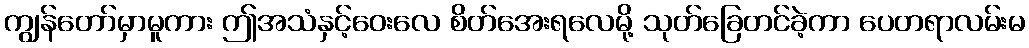
ကျွန်တော်မှာမူကား ဤအသံနှင့်ဝေးလေ စိတ်အေးရလေမို့ သုတ်ခြေတင်ခဲ့ကာ ပေတရာလမ်းမ